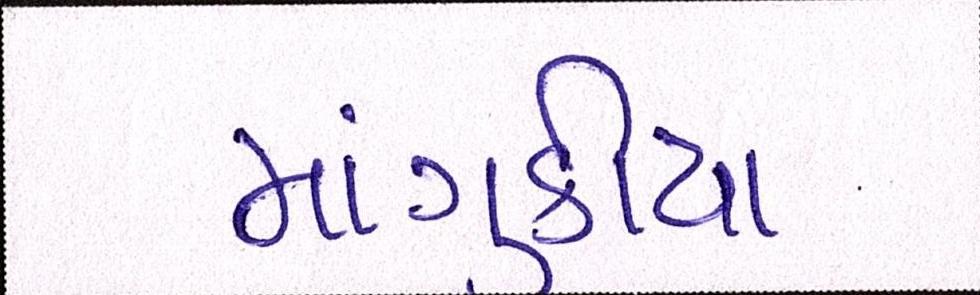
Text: માંગુકીયા